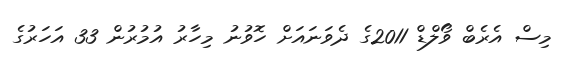
މިސް އެރެބް ވޯލްޑް 2011ގެ ދެވަނައަށް ހޮވުނު މިހާރު އުމުރުން 33 އަހަރުގެ